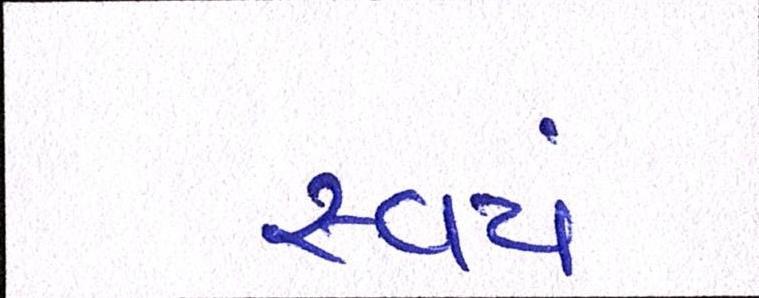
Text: સ્વયં